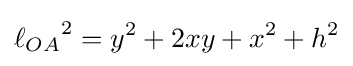
{\ell _{OA}}^{2}=y^{2}+2xy+x^{2}+h^{2}